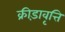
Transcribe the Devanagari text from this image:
क्रीड़ावृत्ति